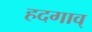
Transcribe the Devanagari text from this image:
हदगाव्